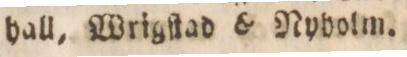
hall, Wrigſtad & Nyholm.